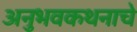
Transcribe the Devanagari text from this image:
अनुभवकथनाचे